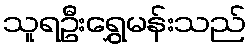
သူရဦးရွှေမန်းသည်